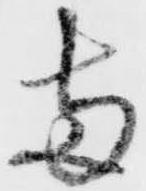
両